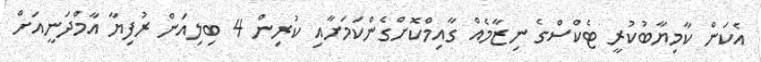
އެކަން ކާމިޔާބުކުރީ ޓެކްސްގެ ނިޒާމެއް ގާއިމްކޮށްގެންކަމަށާއި ކުރިން 4 ބިލިއަން ރުފިޔާ އާމްދަނީއަށް